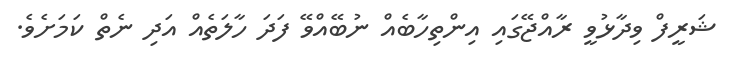
ޝަރީފް ވިދާޅުވީ ރާއްޖޭގައި އިންތިހާބެއް ނުބޭއްވޭ ފަދަ ހާލަތެއް އަދި ނެތް ކަމަށެވެ.